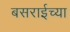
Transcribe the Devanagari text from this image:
बसराईच्या